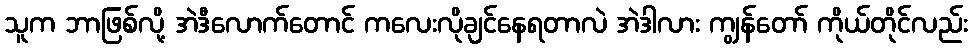
သူက ဘာဖြစ်လို့ အဲဒီလောက်တောင် ကလေးလိုချင်နေရတာလဲ အဲဒါလား ကျွန်တော် ကိုယ်တိုင်လည်း